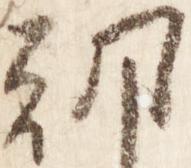
朝